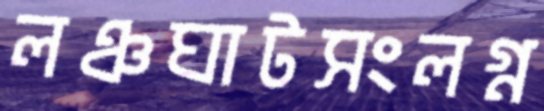
লঞ্চঘাটসংলগ্ন